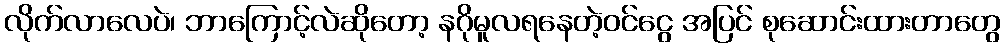
လိုက်လာလေပဲ၊ ဘာကြောင့်လဲဆိုတော့ နဂိုမူလရနေတဲ့ဝင်ငွေ အပြင် စုဆောင်းထားတာတွေ